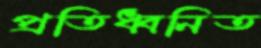
প্রতিধ্বনিত